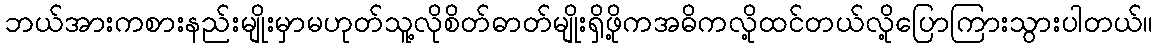
ဘယ်အားကစားနည်းမျိုးမှာမဟုတ်သူ့လိုစိတ်ဓာတ်မျိုးရှိဖို့ကအဓိကလို့ထင်တယ်လို့ပြောကြားသွားပါတယ်။